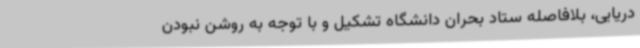
دریایی، بلافاصله ستاد بحران دانشگاه تشکیل و با توجه به روشن نبودن